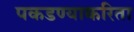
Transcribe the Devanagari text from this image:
पकडण्याकरिता